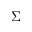
\Sigma